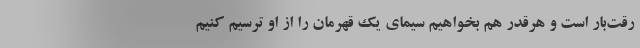
رقت‌بار است و هرقدر هم بخواهیم سیمای یک قهرمان را از او ترسیم کنیم